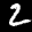
Label: 2